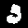
Label: 3